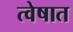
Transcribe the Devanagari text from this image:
त्वेषात